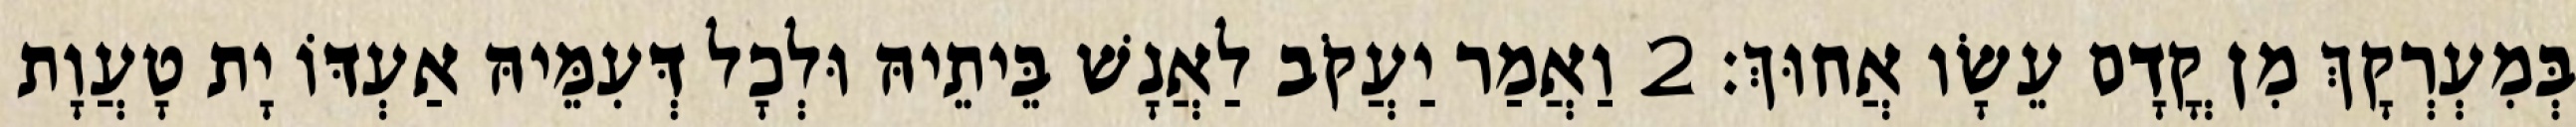
בְּמִעְרְקָךְ מִן קֳדָם עֵשָׂו אֲחוּךְ׃ 2 וַאֲמַר יַעֲקֹב לַאֲנָשׁ בֵּיתֵיהּ וּלְכָל דְּעִמֵּיהּ אַעְדּוֹ יָת טָעֲוָת